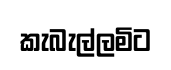
කැබැල්ලමිට